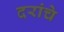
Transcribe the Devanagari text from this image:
दरांचे